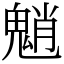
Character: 魈